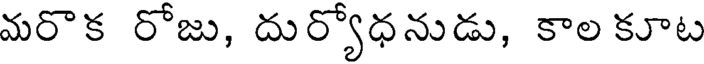
మరొక రోజు, దుర్యోధనుడు, కాల కూట